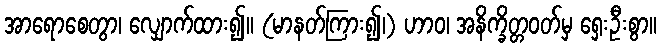
အာရောစေတွာ၊ လျှောက်ထား၍။ (မာနတ်ကြား၍၊) ဟာဝ၊ အနိက္ခိတ္တဝတ်မှ ရှေးဦးစွာ။